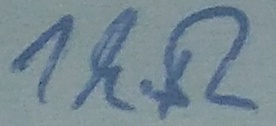
Text: 1kΩ